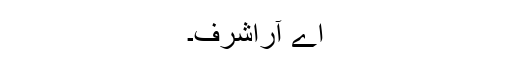
اے آراشرف۔